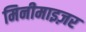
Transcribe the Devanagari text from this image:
मिनीमाइज़र